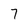
Character: 7